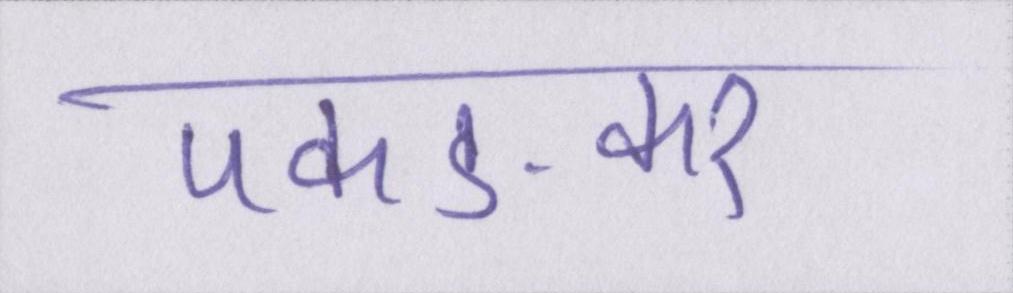
पकङकर